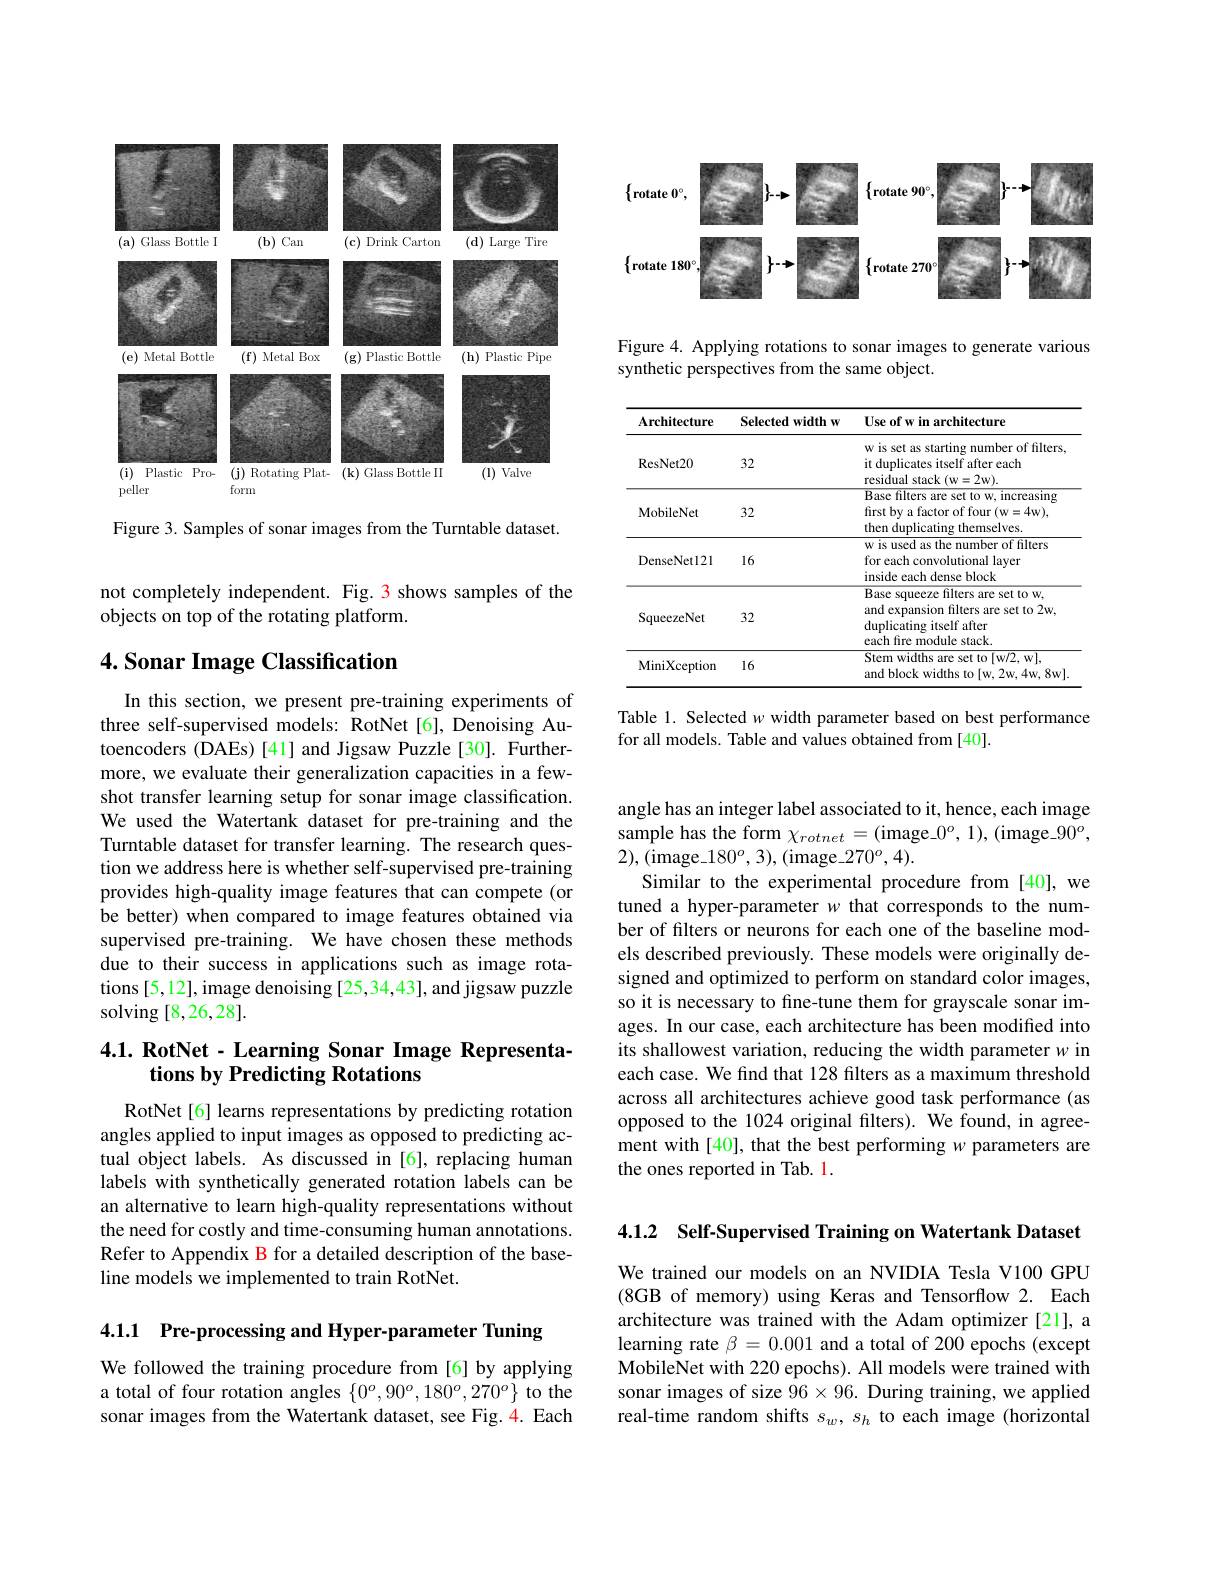
<FigureHere>

Figure 4. Applying rotations to sonar images to generate various
synthetic perspectives from the same object.

<table>
	<tbody>
		<tr>
			<th>Architecture</th>
			<th>Selected width w</th>
			<th>Use of w in architecture</th>
		</tr>
		<tr>
			<td>ResNet20</td>
			<td>32</td>
			<td>w is set as starting number of filters, it duplicates itself after each residual stack (w=2w).</td>
		</tr>
		<tr>
			<td>MobileNet</td>
			<td>32</td>
			<td>Base filters are set to w, increasing first by a factor of four (w=4w), then duplicating themselves.</td>
		</tr>
		<tr>
			<td>DenseNet121</td>
			<td>16</td>
			<td>w is used as the number of filters for each convolutional layer inside each dense block</td>
		</tr>
		<tr>
			<td>SqueezeNet</td>
			<td>32</td>
			<td>Base squeeze filters are set to w, and expansion filters are set to 2w, duplicating itself after each fire module stack</td>
		</tr>
		<tr>
			<td>MiniXception</td>
			<td>16</td>
			<td>Stem widths are set to[w/2,w], and block widths to [w, 2w, 4w, 8w]</td>
		</tr>
	</tbody>
</table>

Table 1. Selected w width parameter based on best performance
for all models. Table and values obtained from [40].

<FigureHere>

Figure 3. Samples of sonar images from the Turntable dataset.

not completely independent. Fig. 3 shows samples of the
objects on top of the rotating platform.

## 4. Sonar Image Classification

In this section, we present pre-training experiments of three self-supervised models: RotNet[6], Denoising Autoencoders (DAEs) [41] and Jigsaw Puzzle [30]. Furthermore, we evaluate their generalization capacities in a fewshot transfer learning setup for sonar image classification. We used the Watertank dataset for pre-training and the Turntable dataset for transfer learning. The research question we address here is whether self-supervised pre-training provides high-quality image features that can compete (or be better) when compared to image features obtained via supervised pre-training. We have chosen these methods due to their success in applications such as image rotations [5,12], image denoising [25,34,43], and jigsaw puzzle solving [8,26,28].

# 4.1. RotNet - Learning Sonar Image Representations by Predicting Rotations

RotNet[6] learns representations by predicting rotation angles applied to input images as opposed to predicting actual object labels. As discussed in [6], replacing human labels with synthetically generated rotation labels can be an alternative to learn high-quality representations without the need for costly and time-consuming human annotations. Refer to Appendix B for a detailed description of the baseline models we implemented to train RotNet.

4.1.1 Pre-processing and Hyper-parameter Tuning

We followed the training procedure from [6]by applying a total of four rotation angles $\{0^o,90^o,180^o,270^o\}$ to the sonar images from the Watertank dataset, see Fig.4. Each

angle has an integer label associated to it, hence, each image sample has the form $\chi_{rotnet}=($image\_$0^o,1),($image\_$90^o$, 2),(image\_180$^o,3)$,(image\_270$^o,4).$

Similar to the experimental procedure from [40], we tuned a hyper-parameter $w$ that corresponds to the number of filters or neurons for each one of the baseline models described previously. These models were originally designed and optimized to perform on standard color images, so it is necessary to fine-tune them for grayscale sonar images. In our case, each architecture has been modiffed into its shallowest variation, reducing the width parameter $w$ in each case. We find that 128 filters as a maximum threshold across all architectures achieve good task performance (as opposed to the 1024 original filters). We found, in agreement with[40], that the best performing $w$ parameters are the ones reported in Tab. 1.

4.1.2 Self-Supervised Training on Watertank Dataset

We trained our models on an NVIDIA Tesla V100 GPU (8GB of memory) using Keras and Tensorflow 2. Each architecture was trained with the Adam optimizer [21], a learning rate $\beta=0.001$ and a total of 200 epochs (except MobileNet with 220 epochs). All models were trained with sonar images of size $96\times96.$ During training, we applied real-time random shifts $s_w,s_h$ to each image (horizontal